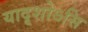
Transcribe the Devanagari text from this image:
यादृशोऽसि